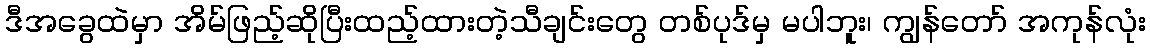
ဒီအခွေထဲမှာ အိမ်ဖြည့်ဆိုပြီးထည့်ထားတဲ့သီချင်းတွေ တစ်ပုဒ်မှ မပါဘူး၊ ကျွန်တော် အကုန်လုံး